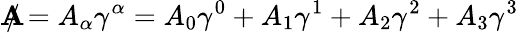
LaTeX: \mathbf{A}\! \! \! \! /=A_{\alpha}\gamma^{\alpha}=A_{0}\gamma^{0}+A_{1}\gamma^{1}+A_{2}\gamma^{2}+A_{3}\gamma^{3}